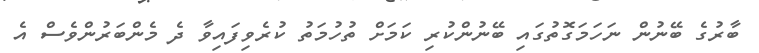
ބާރުގެ ބޭނުން ނަހަމަގޮތުގައި ބޭނުންކުރި ކަމަށް ތުހުމަތު ކުރެވިފައިވާ ދެ މެންބަރުންވެސް އެ